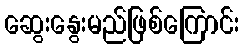
ဆွေးနွေးမည်ဖြစ်ကြောင်း